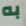
به